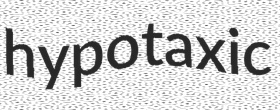
hypotaxic